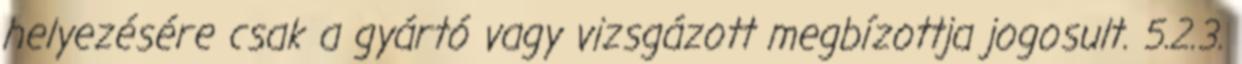
helyezésére csak a gyártó vagy vizsgázott megbízottja jogosult. 5.2.3.